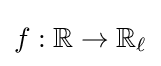
f:\mathbb {R} \to \mathbb {R} _{\ell }